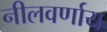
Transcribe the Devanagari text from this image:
नीलवर्णाय